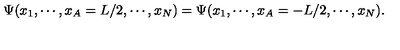
\Psi ( x _ { 1 } , \cdots , x _ { A } = L / 2 , \cdots , x _ { N } ) = \Psi ( x _ { 1 } , \cdots , x _ { A } = - L / 2 , \cdots , x _ { N } ) .